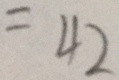
= 4 2